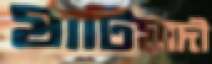
ষাটিয়াদী